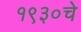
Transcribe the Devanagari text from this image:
१९३०चे